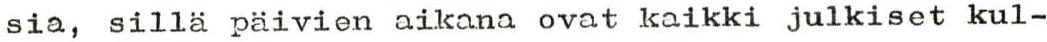
sia, sillä päivien aikana ovat kaikki julkiset kul-